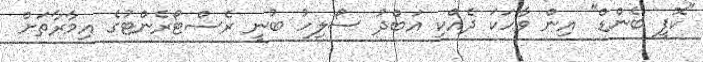
"ކޮފީ ބެންޑް" އިން ވާހަކަ ދެއްކި އަބްދު ސޯލިހު ބުނީ ރެސްޓޯރެންޓުގެ އިމާރާތަށް